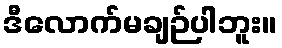
ဒီလောက်မချဉ်ပါဘူး။